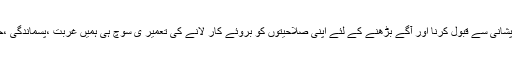
اْنہوں نے کہا کہ صحتمند قوم کی تعمیر ہارجیت کو خندہ پشانی سے قبول کرنا اور آگے بڑھنے کے لئے اپنی صلاحیتوں کو بروئے کار لانے کی تعمیر ی سوچ ہی ہمیں غربت ،پسماندگی ،حمایت اور عدم برداشت کے ماحول سے نکا ل سکتی ہے۔